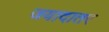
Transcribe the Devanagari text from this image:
जयादातर